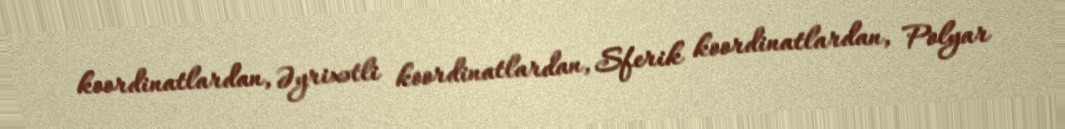
koordinatlardan, Əyrixətli koordinatlardan, Sferik koordinatlardan, Polyar